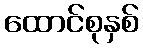
ထောင်စုနှစ်